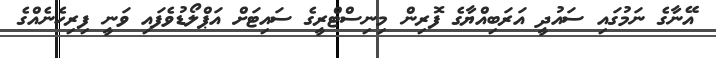
އޭނާގެ ނަމުގައި ސައުދީ އަރަބިއްޔާގެ ފޮރިން މިނިސްޓްރީގެ ސައިޓަށް އަޕްލޯޑުވެފައި ވަނީ ފިރިހެނެއްގެ